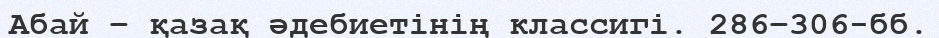
Абай – қазақ әдебиетінің классигі. 286−306-бб.